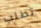
تطلب